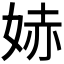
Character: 𫰭